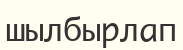
шылбырлап